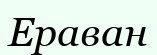
Ераван